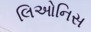
લિઓનિસ